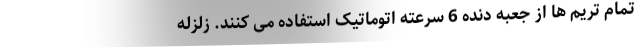
تمام تریم ها از جعبه دنده 6 سرعته اتوماتیک استفاده می کنند. زلزله